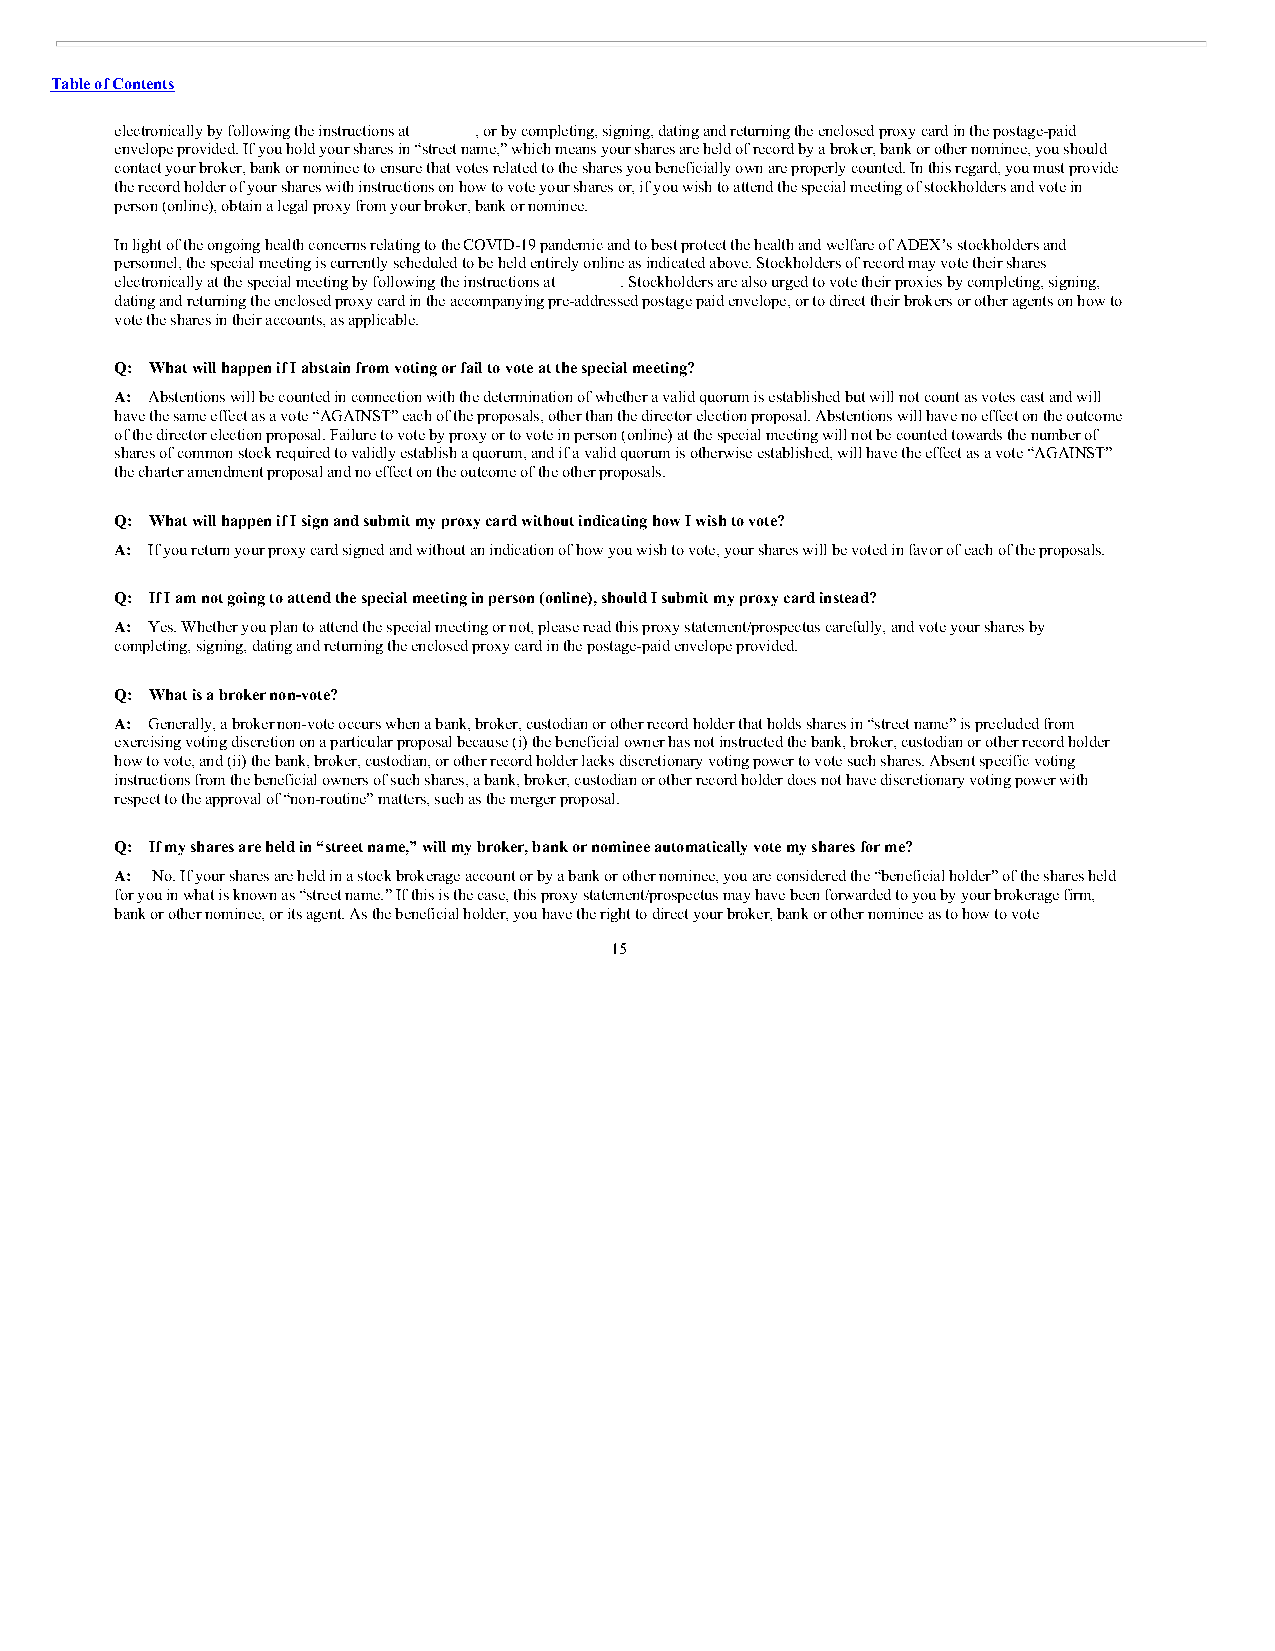
Table of Contents
 electronically by following the instructions at , or by completing, signing, dating and returning the enclosed proxy card in the postage-paid
 envelope provided. If you hold your shares in “street name,” which means your shares are held of record by a broker, bank or other nominee, you should
 contact your broker, bank or nominee to ensure that votes related to the shares you beneficially own are properly counted. In this regard, you must provide
 the record holder of your shares with instructions on how to vote your shares or, if you wish to attend the special meeting of stockholders and vote in
 person (online), obtain a legal proxy from your broker, bank or nominee.
 In light of the ongoing health concerns relating to the COVID-19 pandemic and to best protect the health and welfare of ADEX’s stockholders and
 personnel, the special meeting is currently scheduled to be held entirely online as indicated above. Stockholders of record may vote their shares
 electronically at the special meeting by following the instructions at . Stockholders are also urged to vote their proxies by completing, signing,
 dating and returning the enclosed proxy card in the accompanying pre-addressed postage paid envelope, or to direct their brokers or other agents on how to
 vote the shares in their accounts, as applicable.
 Q: What will happen if I abstain from voting or fail to vote at the special meeting?
 A: Abstentions will be counted in connection with the determination of whether a valid quorum is established but will not count as votes cast and will
 have the same effect as a vote “AGAINST” each of the proposals, other than the director election proposal. Abstentions will have no effect on the outcome
 of the director election proposal. Failure to vote by proxy or to vote in person (online) at the special meeting will not be counted towards the number of
 shares of common stock required to validly establish a quorum, and if a valid quorum is otherwise established, will have the effect as a vote “AGAINST”
 the charter amendment proposal and no effect on the outcome of the other proposals.
 Q: What will happen if I sign and submit my proxy card without indicating how I wish to vote?
 A: If you return your proxy card signed and without an indication of how you wish to vote, your shares will be voted in favor of each of the proposals.
 Q: If I am not going to attend the special meeting in person (online), should I submit my proxy card instead?
 A: Yes. Whether you plan to attend the special meeting or not, please read this proxy statement/prospectus carefully, and vote your shares by
 completing, signing, dating and returning the enclosed proxy card in the postage-paid envelope provided.
 Q: What is a broker non-vote?
 A: Generally, a broker non-vote occurs when a bank, broker, custodian or other record holder that holds shares in “street name” is precluded from
 exercising voting discretion on a particular proposal because (i) the beneficial owner has not instructed the bank, broker, custodian or other record holder
 how to vote, and (ii) the bank, broker, custodian, or other record holder lacks discretionary voting power to vote such shares. Absent specific voting
 instructions from the beneficial owners of such shares, a bank, broker, custodian or other record holder does not have discretionary voting power with
 respect to the approval of “non-routine” matters, such as the merger proposal.
 Q: If my shares are held in “street name,” will my broker, bank or nominee automatically vote my shares for me?
 A: No. If your shares are held in a stock brokerage account or by a bank or other nominee, you are considered the “beneficial holder” of the shares held
 for you in what is known as “street name.” If this is the case, this proxy statement/prospectus may have been forwarded to you by your brokerage firm,
 bank or other nominee, or its agent. As the beneficial holder, you have the right to direct your broker, bank or other nominee as to how to vote
 15